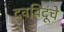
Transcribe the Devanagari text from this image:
दवबिंदूंचे